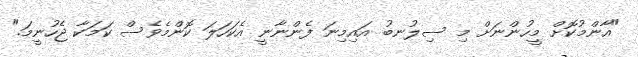
"އާންމުކޮށް މީހުންނަށް މި ސިލުނބު އައިމިނަ ފެންނާނީ އެކަހަލަ ކޮންމެވެސް ކަމަކާ ޖެހުނީމަ."